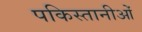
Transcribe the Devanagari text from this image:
पकिस्तानीओं